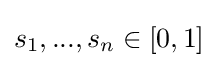
s_{1},...,s_{n}\in [0,1]